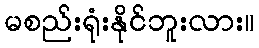
မစည်းရုံးနိုင်ဘူးလား။